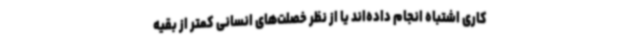
کاری اشتباه انجام داده‌اند یا از نظر خصلت‌های انسانی کمتر از بقیه